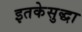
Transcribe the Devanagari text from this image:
इतकेसुद्धा